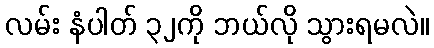
လမ်း နံပါတ် ၃၂ကို ဘယ်လို သွားရမလဲ။